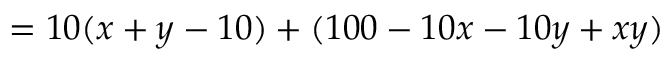
\, = 1 0 ( x + y - 1 0 ) + ( 1 0 0 - 1 0 x - 1 0 y + x y )